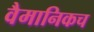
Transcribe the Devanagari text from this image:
वैमानिकच